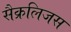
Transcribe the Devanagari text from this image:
सैक्रलिजस